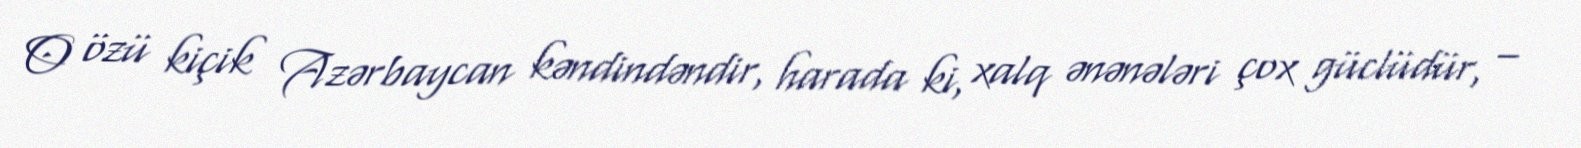
O özü kiçik Azərbaycan kəndindəndir, harada ki, xalq ənənələri çox güclüdür, –